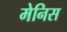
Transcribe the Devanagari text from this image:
मेनिस